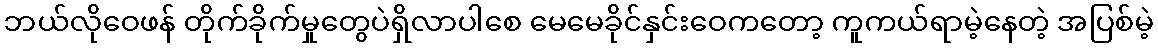
ဘယ်လိုဝေဖန် တိုက်ခိုက်မှုတွေပဲရှိလာပါစေ မေမေခိုင်နှင်းဝေကတော့ ကူကယ်ရာမဲ့နေတဲ့ အပြစ်မဲ့